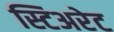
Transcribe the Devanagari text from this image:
स्टिअरेट